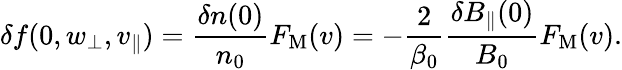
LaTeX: \delta f(0,w_{\perp},v_{\parallel})=\frac{\delta n(0)}{n_{0}}F_{\mathrm{M}}(v)=-\frac{2}{\beta_{0}}\frac{\delta B_{\parallel}(0)}{B_{0}}F_{\mathrm{M}}(v).